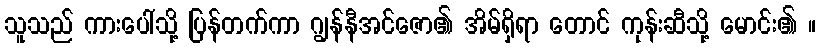
သူသည် ကားပေါ်သို့ ပြန်တက်ကာ ဂျွန်နီအင်ဇော၏ အိမ်ရှိရာ တောင် ကုန်းဆီသို့ မောင်း၏ ။